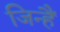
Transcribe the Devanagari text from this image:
जिन्हैं